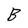
Character: B